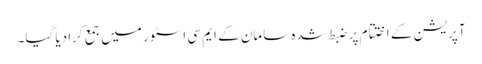
آپریشن کے اختتام پر ضبط شدہ سامان کے ایم سی اسٹور میں جمع کرادیا گیا۔